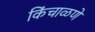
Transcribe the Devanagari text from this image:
किंचाळणे